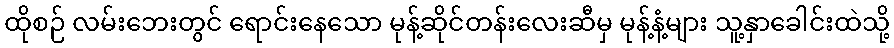
ထိုစဉ် လမ်းဘေးတွင် ရောင်းနေသော မုန့်ဆိုင်တန်းလေးဆီမှ မုန့်နံ့များ သူ့နှာခေါင်းထဲသို့